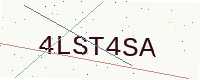
Text: 4LST4SA